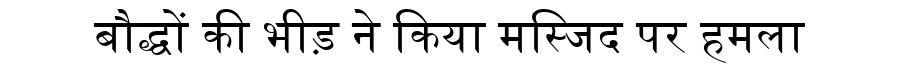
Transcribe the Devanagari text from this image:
बौद्धों की भीड़ ने किया मस्जिद पर हमला